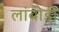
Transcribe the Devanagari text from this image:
लांबोडी